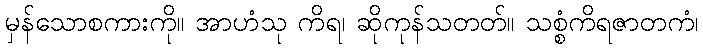
မှန်သောစကားကို။ အာဟံသု ကိရ၊ ဆိုကုန်သတတ်။ သစ္စံကိရဇာတကံ၊